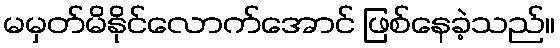
မမှတ်မိနိုင်လောက်အောင် ဖြစ်နေခဲ့သည်။